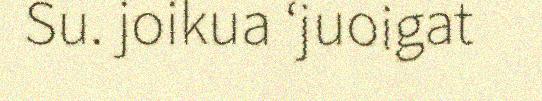
Su. joikua ‘juoigat